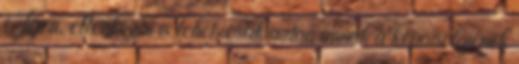
Igen, ellenkezni is lehet, csak aztán annak a képviselőjének